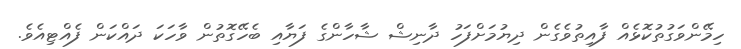
ހިމޭންވަގުތުކޮޅެއް ފާއިތުވެގެން ދިޔުމަށްފަހު ދާނިޝް ޝާހާންގެ ފަޔާއި ބެހޭގޮތުން ވާހަކަ ދައްކަން ފެއްޓިއެވެ.